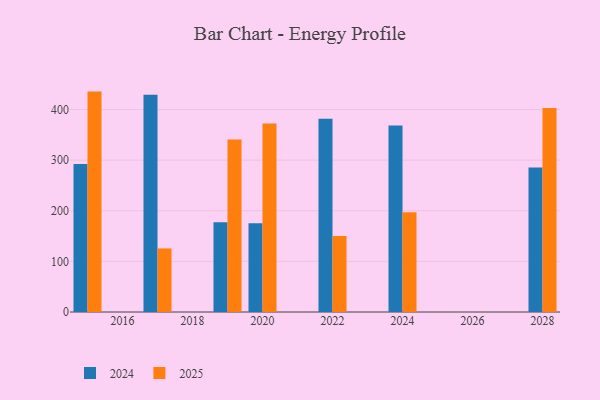
{"axis": {"x": "Year", "y": "Backlog"}, "legend": ["2024", "2025"], "data": [{"x": "2020", "y": 175.5, "type": "2024"}, {"x": "2020", "y": 372.3, "type": "2025"}, {"x": "2017", "y": 429.3, "type": "2024"}, {"x": "2017", "y": 125.6, "type": "2025"}, {"x": "2028", "y": 285.3, "type": "2024"}, {"x": "2028", "y": 402.9, "type": "2025"}, {"x": "2022", "y": 382.0, "type": "2024"}, {"x": "2022", "y": 150.4, "type": "2025"}, {"x": "2024", "y": 368.5, "type": "2024"}, {"x": "2024", "y": 197.1, "type": "2025"}, {"x": "2015", "y": 292.3, "type": "2024"}, {"x": "2015", "y": 435.5, "type": "2025"}, {"x": "2019", "y": 177.1, "type": "2024"}, {"x": "2019", "y": 340.7, "type": "2025"}]}